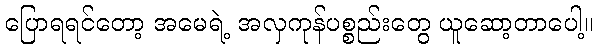
ပြောရရင်တော့ အမေရဲ့ အလှကုန်ပစ္စည်းတွေ ယူဆော့တာပေါ့။